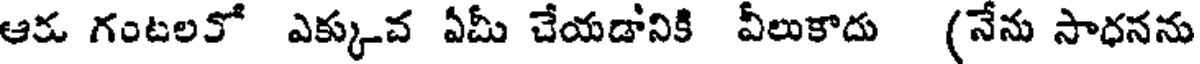
ఆక గంటలకో ఎక్కువ ఏమీ చేయడానికి వీలుకాదు (నేను సాధనను